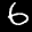
Label: 6